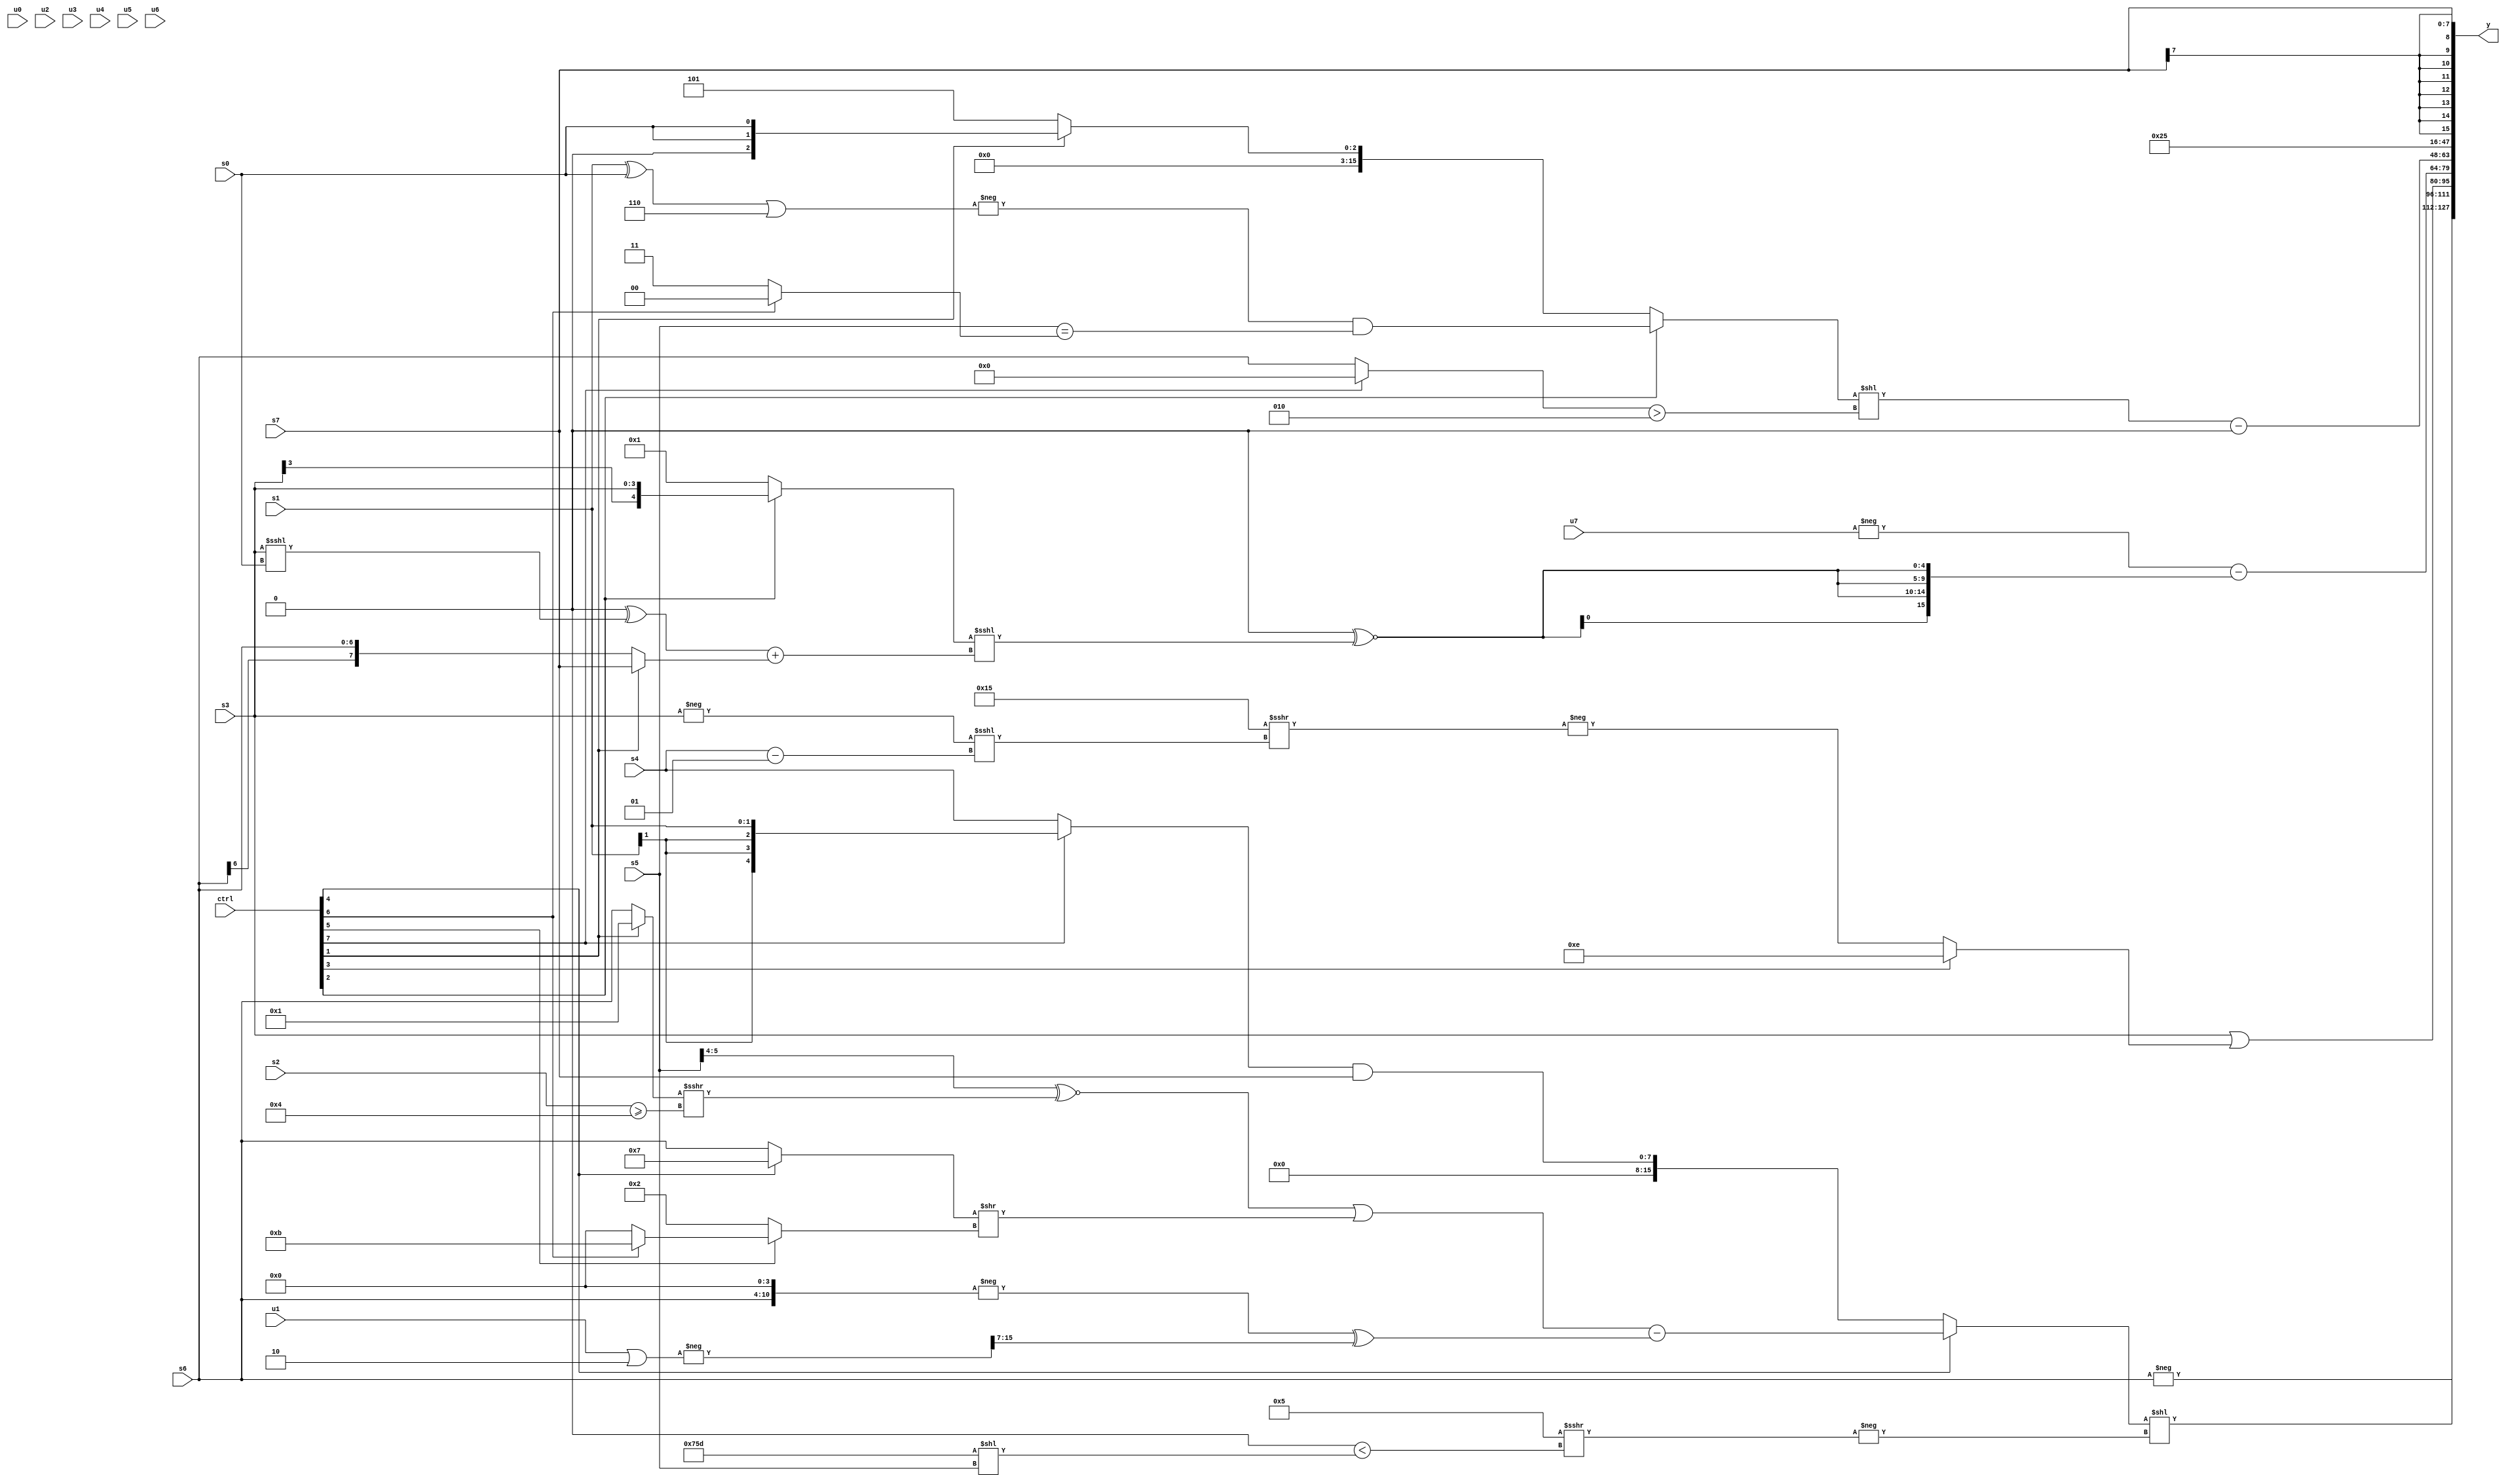
module wideexpr_00205(ctrl, u0, u1, u2, u3, u4, u5, u6, u7, s0, s1, s2, s3, s4, s5, s6, s7, y);
  input [7:0] ctrl;
  input [0:0] u0;
  input [1:0] u1;
  input [2:0] u2;
  input [3:0] u3;
  input [4:0] u4;
  input [5:0] u5;
  input [6:0] u6;
  input [7:0] u7;
  input signed [0:0] s0;
  input signed [1:0] s1;
  input signed [2:0] s2;
  input signed [3:0] s3;
  input signed [4:0] s4;
  input signed [5:0] s5;
  input signed [6:0] s6;
  input signed [7:0] s7;
  output [127:0] y;
  wire [15:0] y0;
  wire [15:0] y1;
  wire [15:0] y2;
  wire [15:0] y3;
  wire [15:0] y4;
  wire [15:0] y5;
  wire [15:0] y6;
  wire [15:0] y7;
  assign y = {y0,y1,y2,y3,y4,y5,y6,y7};
  assign y0 = -(s6);
  assign y1 = ((ctrl[4]?((($signed((s5)>>(4'sb0100)))^~(((ctrl[1]?1'sb1:s6))>>>((s2)>=(4'sb0100))))|(((ctrl[4]?$signed(4'sb0111):s6))>>((ctrl[5]?(ctrl[6]?6'sb001011:6'b000000):3'sb010))))-((-((s6)<<(3'sb100)))^((-((u1)|(4'b0010)))>>>($signed(~(3'sb000))))):($signed((ctrl[7]?+(s1):$signed(s4))))&(s7)))<<(-(($signed(4'sb0101))>>>(((($signed(2'sb10))>>($signed(s4)))>>($signed(5'b10010)))<($signed(({2{6'b011101}})<<(s5))))));
  assign y2 = (+(s3))|((ctrl[3]?5'sb01110:-(($signed((5'b10101)|(3'sb001)))>>>((-(s3))<<<((s4)-(2'sb01))))));
  assign y3 = (+(-(u7)))-({4{$signed((-(5'sb00000))^~(((ctrl[2]?$signed(s3):4'sb0001))<<<($signed((((ctrl[2]?4'sb0000:3'sb000))^((s3)<<<(s0)))+((ctrl[1]?s7:s6))))))}});
  assign y4 = (+(((ctrl[2]?(-(((s1)^(s0))|(3'sb110)))&(+((s5)==((ctrl[6]?6'sb000000:2'b11)))):+((ctrl[1]?{2{s0}}:(ctrl[1]?2'sb11:5'b00101)))))<<((+((ctrl[7]?(5'sb01000)<<<(5'b10001):s6)))>(-(2'sb10)))))-(1'sb0);
  assign y5 = $signed((+({2{(ctrl[2]?-(+((ctrl[6]?(ctrl[0]?s3:s3):+(1'sb1)))):(ctrl[7]?((2'sb10)>>>({2{u0}}))>>((ctrl[3]?(3'sb001)+(s4):$signed(5'b11001))):3'sb010))}}))<<<(+({1{+(5'sb01010)}})));
  assign y6 = 6'b100101;
  assign y7 = $signed(s7);
endmodule